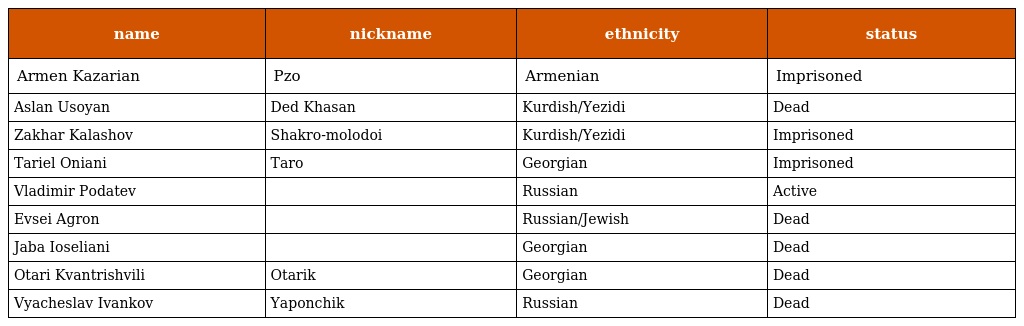
| name | nickname | ethnicity | status |
 | --- | --- | --- | --- |
 | Armen Kazarian | Pzo | Armenian | Imprisoned |
 | Aslan Usoyan | Ded Khasan | Kurdish/Yezidi | Dead |
 | Zakhar Kalashov | Shakro-molodoi | Kurdish/Yezidi | Imprisoned |
 | Tariel Oniani | Taro | Georgian | Imprisoned |
 | Vladimir Podatev |  | Russian | Active |
 | Evsei Agron |  | Russian/Jewish | Dead |
 | Jaba Ioseliani |  | Georgian | Dead |
 | Otari Kvantrishvili | Otarik | Georgian | Dead |
 | Vyacheslav Ivankov | Yaponchik | Russian | Dead |